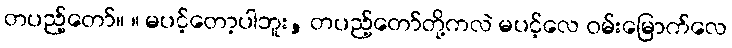
တပည့်တော်။ ။ မပင့်တော့ပါဘူး, တပည့်တော်တို့ကလဲ မပင့်လေ ဝမ်းမြောက်လေ